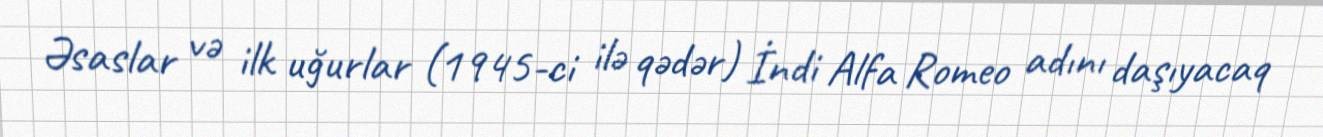
Əsaslar və ilk uğurlar (1945-ci ilə qədər) İndi Alfa Romeo adını daşıyacaq